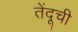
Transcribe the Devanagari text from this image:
तेंदूची